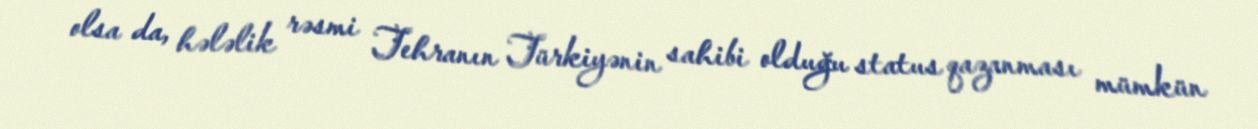
olsa da, hələlik rəsmi Tehranın Türkiyənin sahibi olduğu status qazanması mümkün